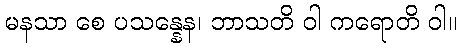
မနသာ စေ ပသန္နေန၊ ဘာသတိ ဝါ ကရောတိ ဝါ။